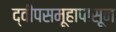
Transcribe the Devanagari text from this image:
द्वीपसमूहापासून